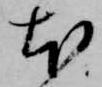
本